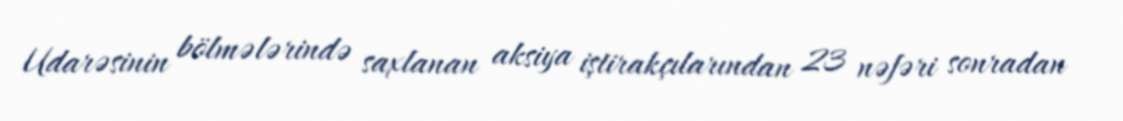
Udarəsinin bölmələrində saxlanan aksiya iştirakçılarından 23 nəfəri sonradan